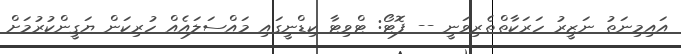
އައިމިނަތު ނަޒީރު ހަރަކާތްތެރިވަނީ -- ފޮޓޯ: ޓްވިޓާ ކިޑްނީގައި މައްސަލައެއް ހުރިކަން ޔަގީންކުރުމަށް